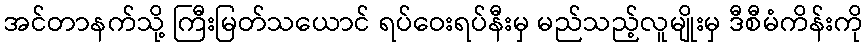
အင်တာနက်သို့ ကြီးမြတ်သယောင် ရပ်ဝေးရပ်နီးမှ မည်သည့်လူမျိုးမှ ဒီစီမံကိန်းကို